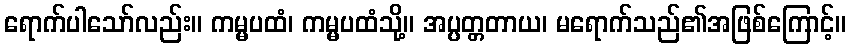
ရောက်ပါသော်လည်း။ ကမ္မပထံ၊ ကမ္မပထံသို့။ အပ္ပတ္တတာယ၊ မရောက်သည်၏အဖြစ်ကြောင့်။